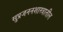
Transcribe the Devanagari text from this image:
सुप्रजननशास्त्रातील